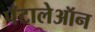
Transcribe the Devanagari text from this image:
पँटालेऑन